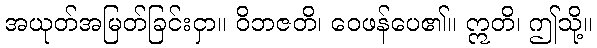
အယုတ်အမြတ်ခြင်းငှာ။ ဝိဘဇတိ၊ ဝေဖန်ပေ၏။ ဣတိ၊ ဤသို့။